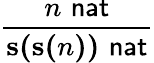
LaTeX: \frac{n\, \, {\mathsf{nat}}}{\mathbf{s(s(}n\mathbf{))}\, \, {\mathsf{nat}}}